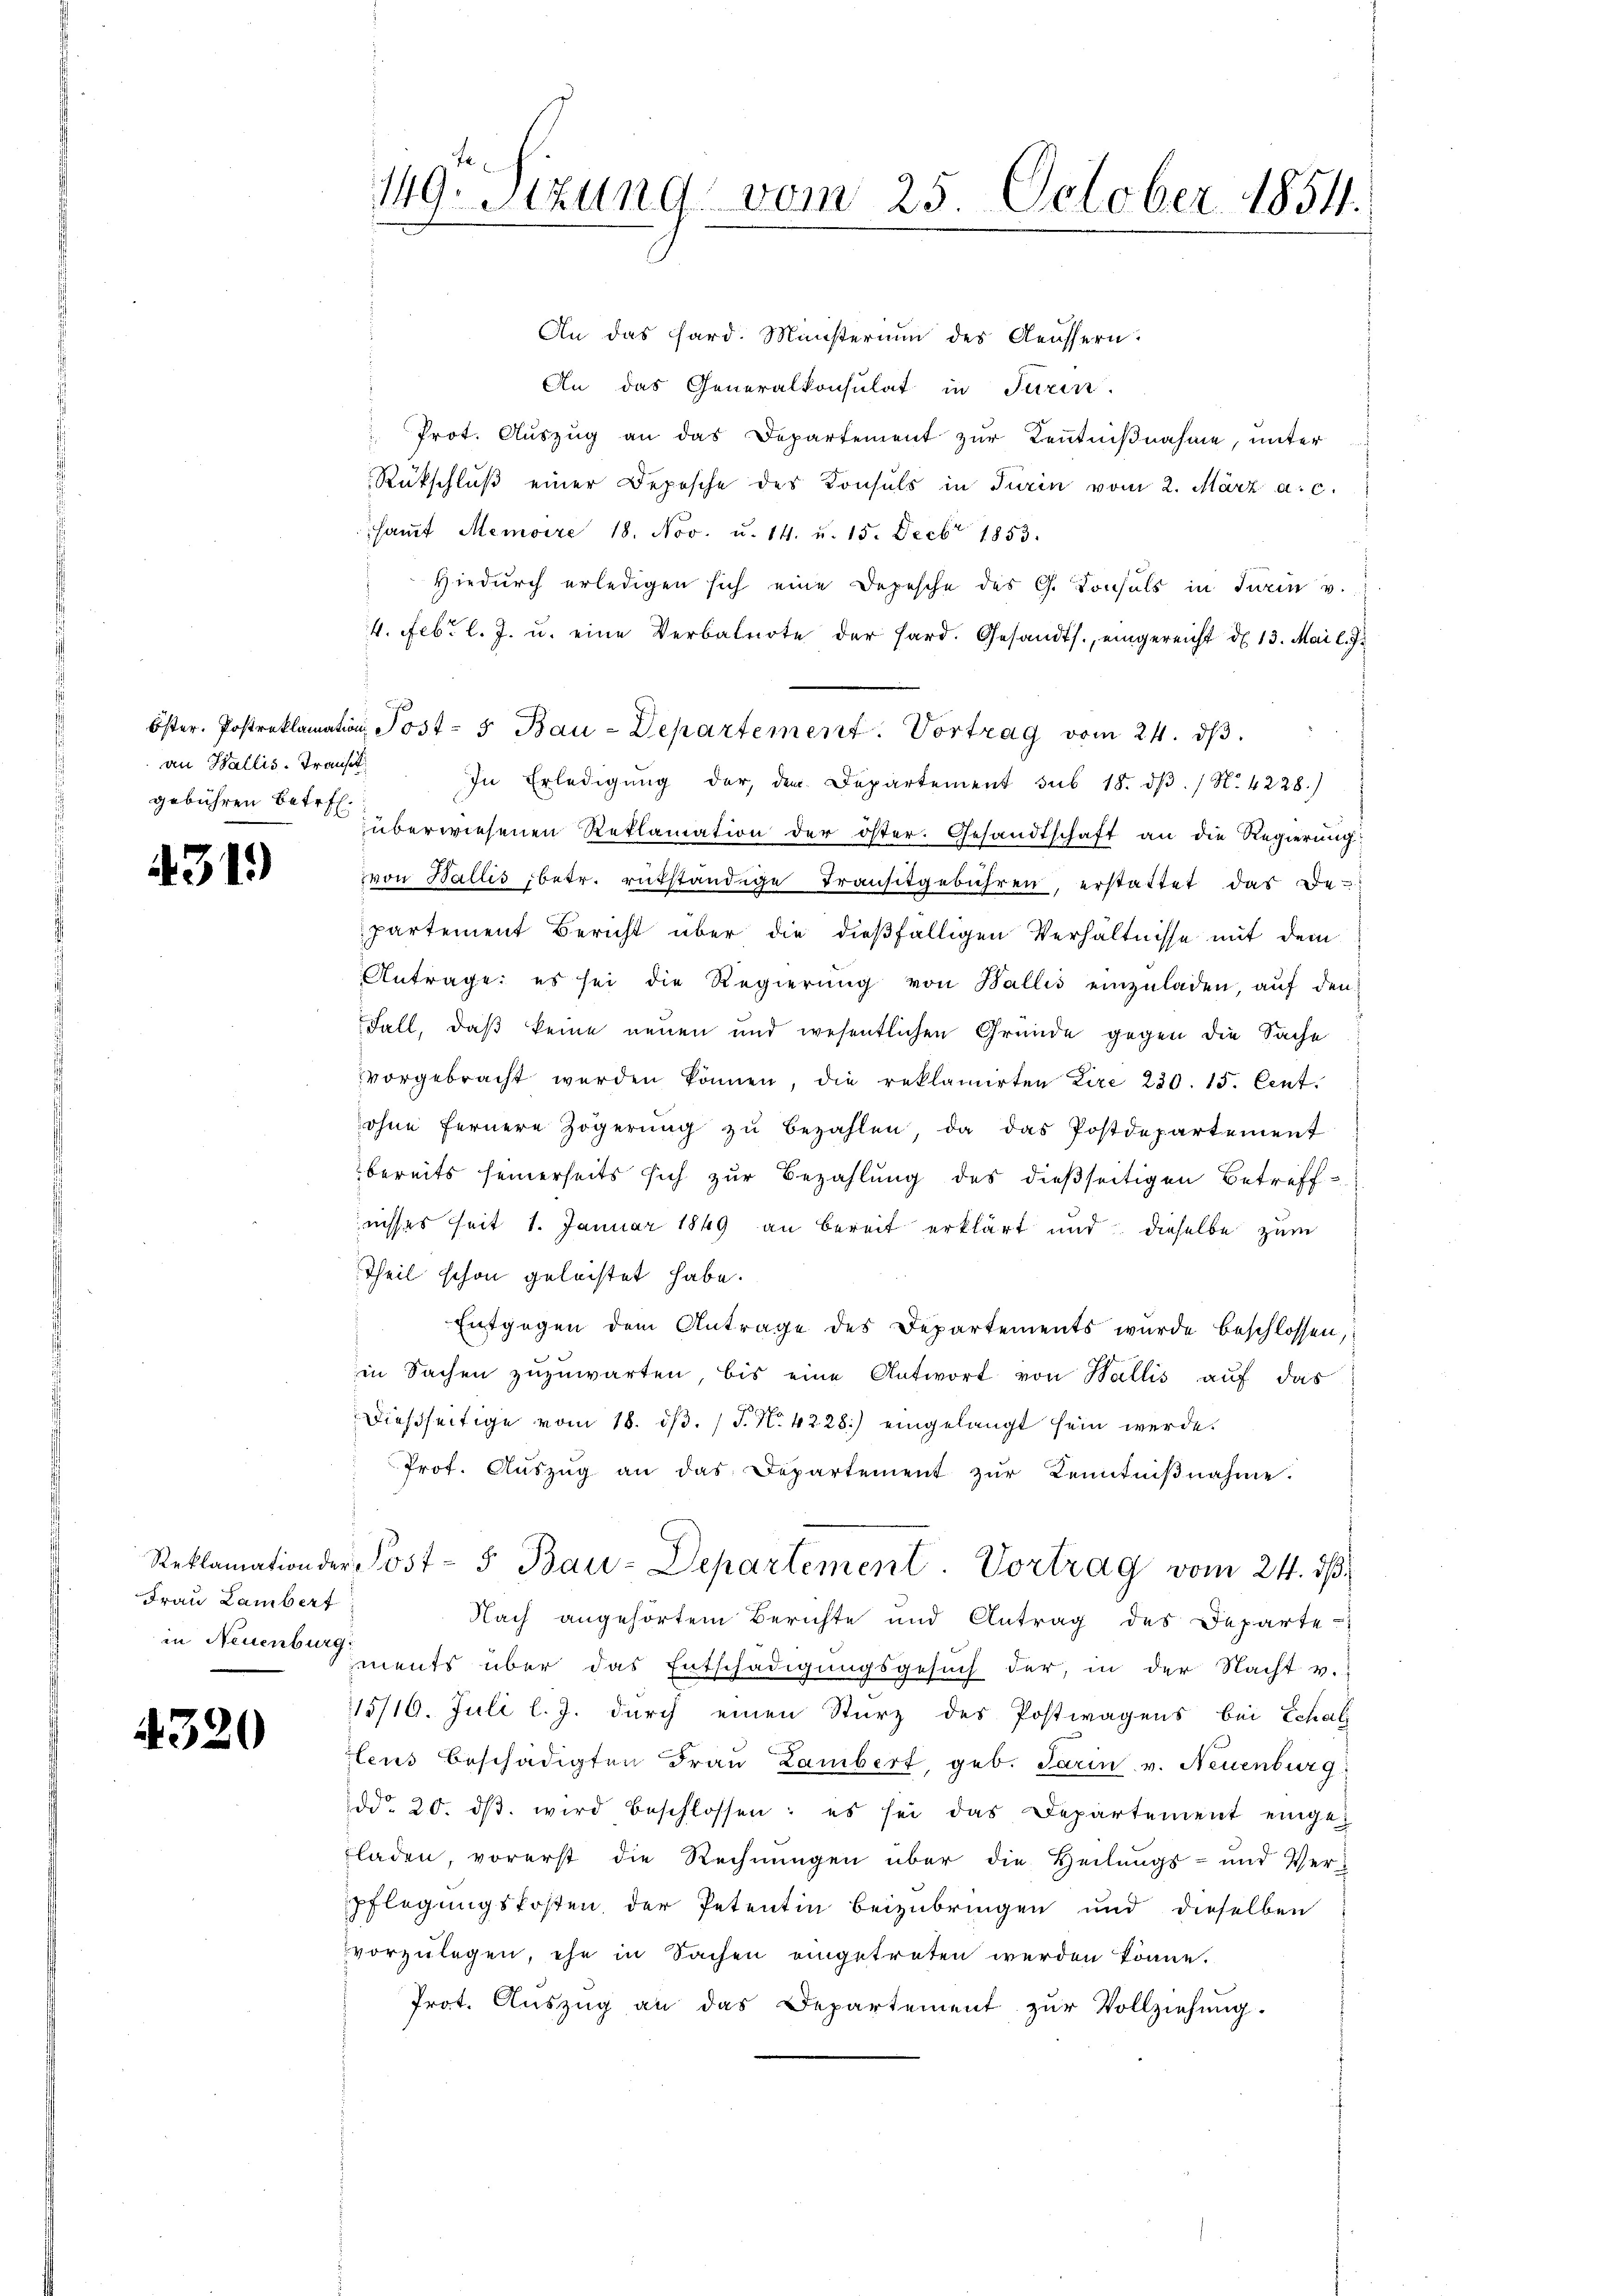
an Wallis-Transt
gebühren betr.

431)

An das Sard. Ministerium des Aeussern
An das Generalkonsulat in Turin.
Prot. Auszug an das Departement zur Kenntnißnahme, unter
Rückschluß einer Depesche des Konsuls in Turin vom 2. März a. c.
samt Memoire 18. Nov. u. 14. u. 15. Decbr 1853.
Hiedŭrch erledigen sich eine Depesche des G. Konsuls in Turin v.
4. Febr. l. J. u. eine Verbatrirte der Hard. Gesandts., eingereicht d. 13. Mai l. J.
Öster. Postreklamation, Post- 5 Bau-Departement. Vortrag vom 24. dβ.
In Erledigŭng der, den Departement sub 18. dβ. / N. 4228.)
überwiesenen Reklamation der öster. Gesandtschaft an die Regierung
vvon Wallis betr. rutständige Transitgebühren, erstattet das Departement Bericht über die dießfälligen Verhältnisse mit dem
Antrage: es sei die Regierung von Wallis einzuladen, auf den
Fall, daß keine neuen und wesentlichen Gründe gegen die Sache
vorgebracht werden können, die reklamirten Lire 230. 15. Cent.
ohne fernere Zögerŭng zŭ bezahlen, da das Postdepartement
bereits seinerseits sich zur Bezahlung des dießseitigen Betreffnisses seit 1. Januar 1849 an bereit erklärt und dieselbe zum
Theil schon geleistet habe.
Entgegen dem Antrage des Departements wurde beschlossen,
in Sachen zuzuwarten, bis eine Antwort von Wallis auf das
dießseitige vom 18. ds. (T. N. 4228) eingelangt sein werde.
Prof. Aŭszŭg an das Departement zŭr Kenntniβnahme.
Reklamation der Post- 5 Bau-Departement. Vortrag vom 24. dβ.
Nach angehörtem Berichte und Antrag des Departe-
ments über das Entschädigungsgesuch der, in der Nacht v.
15/10. Juli l. J. durch einen Sturz des Postwagens bei Echal
tens beschädigten Fraŭ Lambert, geb. Tarin v. Neuenburg
ddo 20. dβ. wird beschlossen: es sei das Departement eingefladen, vorerst die Rechnungen über die Heilungs- und Ver-
Pflegungskosten der Petentin beizubringen und dieselben
vorzulegen, ihn in Sachen eingetreten werden könne.
Prot. Auszug an das Departement zur Vollziehung.

Frau Lambert
in Neuenburg:

4320

149. Sizung vom 25. October 1854.